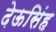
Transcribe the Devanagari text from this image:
देऊसिंह